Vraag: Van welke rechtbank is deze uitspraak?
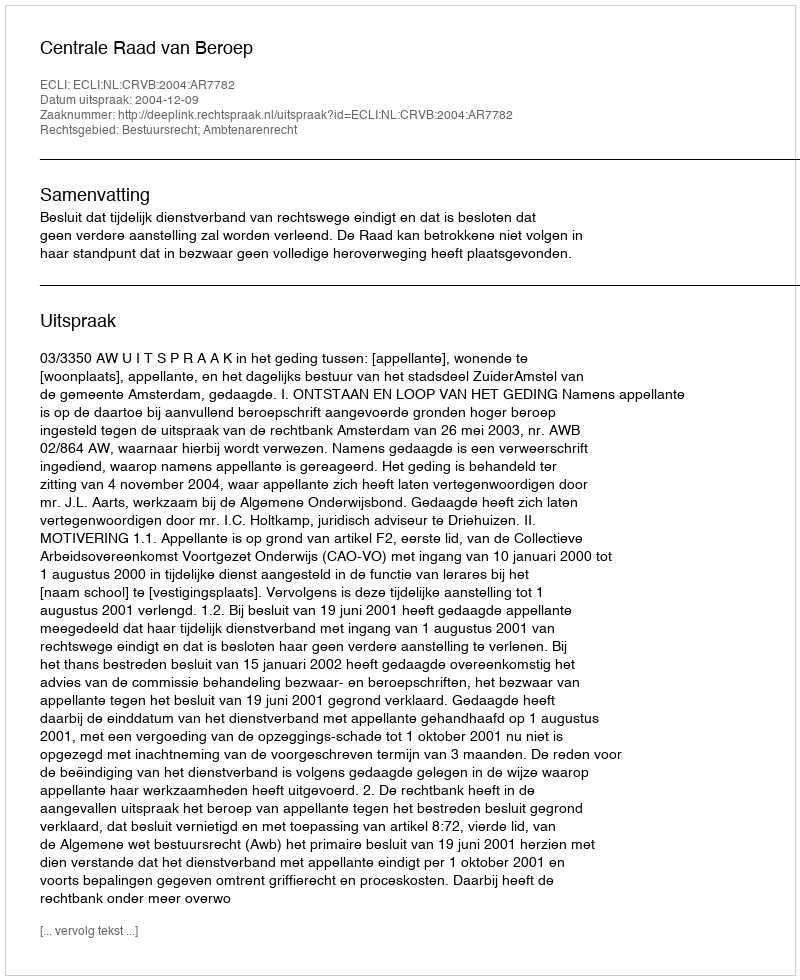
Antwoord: Centrale Raad van Beroep